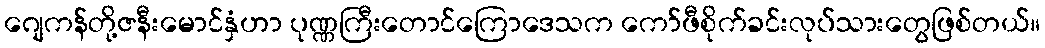
ဂျေကန်တို့ဇနီးမောင်နှံဟာ ပုဏ္ဏကြီးတောင်ကြောဒေသက ကော်ဖီစိုက်ခင်းလုပ်သားတွေဖြစ်တယ်။